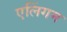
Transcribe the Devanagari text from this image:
एलिंगम